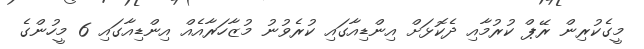
މީގެކުރިން ރޭޕް ކުރުމާއި ދެކޮޅަށް އިންޑިއާގައި ކުރެވުނު މުޒާހަރާއެއް އިންޑިއާގައި 6 މީހުންގެ